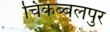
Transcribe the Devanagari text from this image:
चिकब्बलपुर